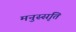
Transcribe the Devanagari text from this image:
मनुस्सृति